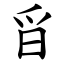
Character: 㸓